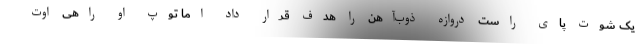
یک شوت پای راست دروازه ذوب‌آهن را هدف قرار داد اما توپ او راهی اوت